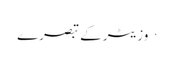
· وزیٹر کے تبصرے